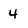
Character: 4